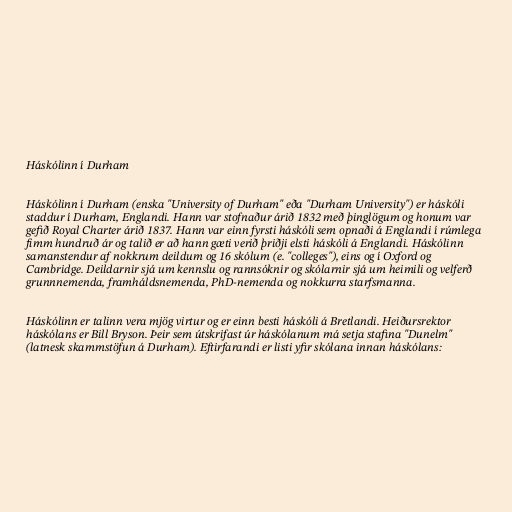
Háskólinn í Durham

Háskólinn í Durham (enska "University of Durham" eða "Durham University") er háskóli
staddur í Durham, Englandi. Hann var stofnaður árið 1832 með þinglögum og honum var
gefið Royal Charter árið 1837. Hann var einn fyrsti háskóli sem opnaði á Englandi í rúmlega
fimm hundruð ár og talið er að hann gæti verið þriðji elsti háskóli á Englandi. Háskólinn
samanstendur af nokkrum deildum og 16 skólum (e. "colleges"), eins og í Oxford og
Cambridge. Deildarnir sjá um kennslu og rannsóknir og skólarnir sjá um heimili og velferð
grunnnemenda, framháldsnemenda, PhD-nemenda og nokkurra starfsmanna.

Háskólinn er talinn vera mjög virtur og er einn besti háskóli á Bretlandi. Heiðursrektor
háskólans er Bill Bryson. Þeir sem útskrifast úr háskólanum má setja stafina "Dunelm"
(latnesk skammstöfun á Durham). Eftirfarandi er listi yfir skólana innan háskólans: